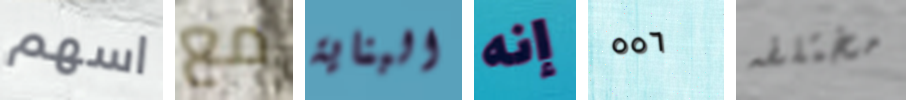
اسهم مع البناية إنه ٥٥٦ مختلفه